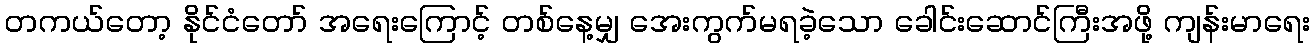
တကယ်တော့ နိုင်ငံတော် အရေးကြောင့် တစ်နေ့မျှ အေးကွက်မရခဲ့သော ခေါင်းဆောင်ကြီးအဖို့ ကျန်းမာရေး